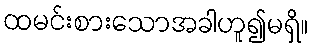
ထမင်းစားသောအခါဟူ၍မရှိ။